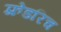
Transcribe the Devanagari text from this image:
फ़्रेडरिच